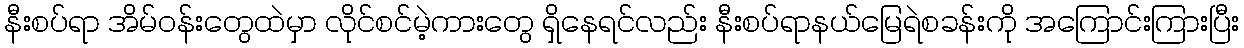
နီးစပ်ရာ အိမ်ဝန်းတွေထဲမှာ လိုင်စင်မဲ့ကားတွေ ရှိနေရင်လည်း နီးစပ်ရာနယ်မြေရဲစခန်းကို အကြောင်းကြားပြီး